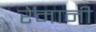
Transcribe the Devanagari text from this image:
रेमानी